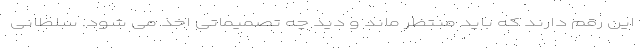
این رقم دارند که باید منتظر ماند و دید چه تصمیماتی اخذ می شود. سلطانی